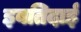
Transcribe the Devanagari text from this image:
इबतिदाई